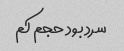
سرد بود حجم کم